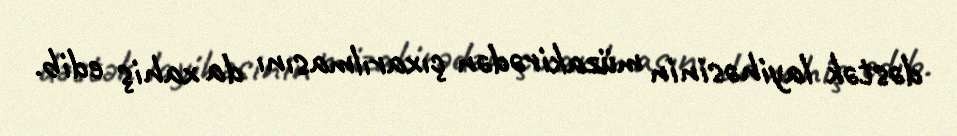
dəstək layihəsinin müzakirədən çıxarılmasını da xahiş edib.